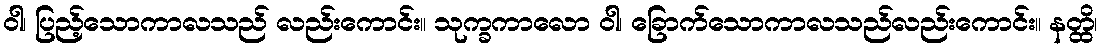
ဝါ၊ ပြည့်သောကာလသည် လည်းကောင်း။ သုက္ခကာလော ဝါ၊ ခြောက်သောကာလသည်လည်းကောင်း။ နတ္ထိ၊